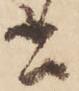
書